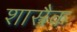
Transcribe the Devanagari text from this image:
शास्त्रैक